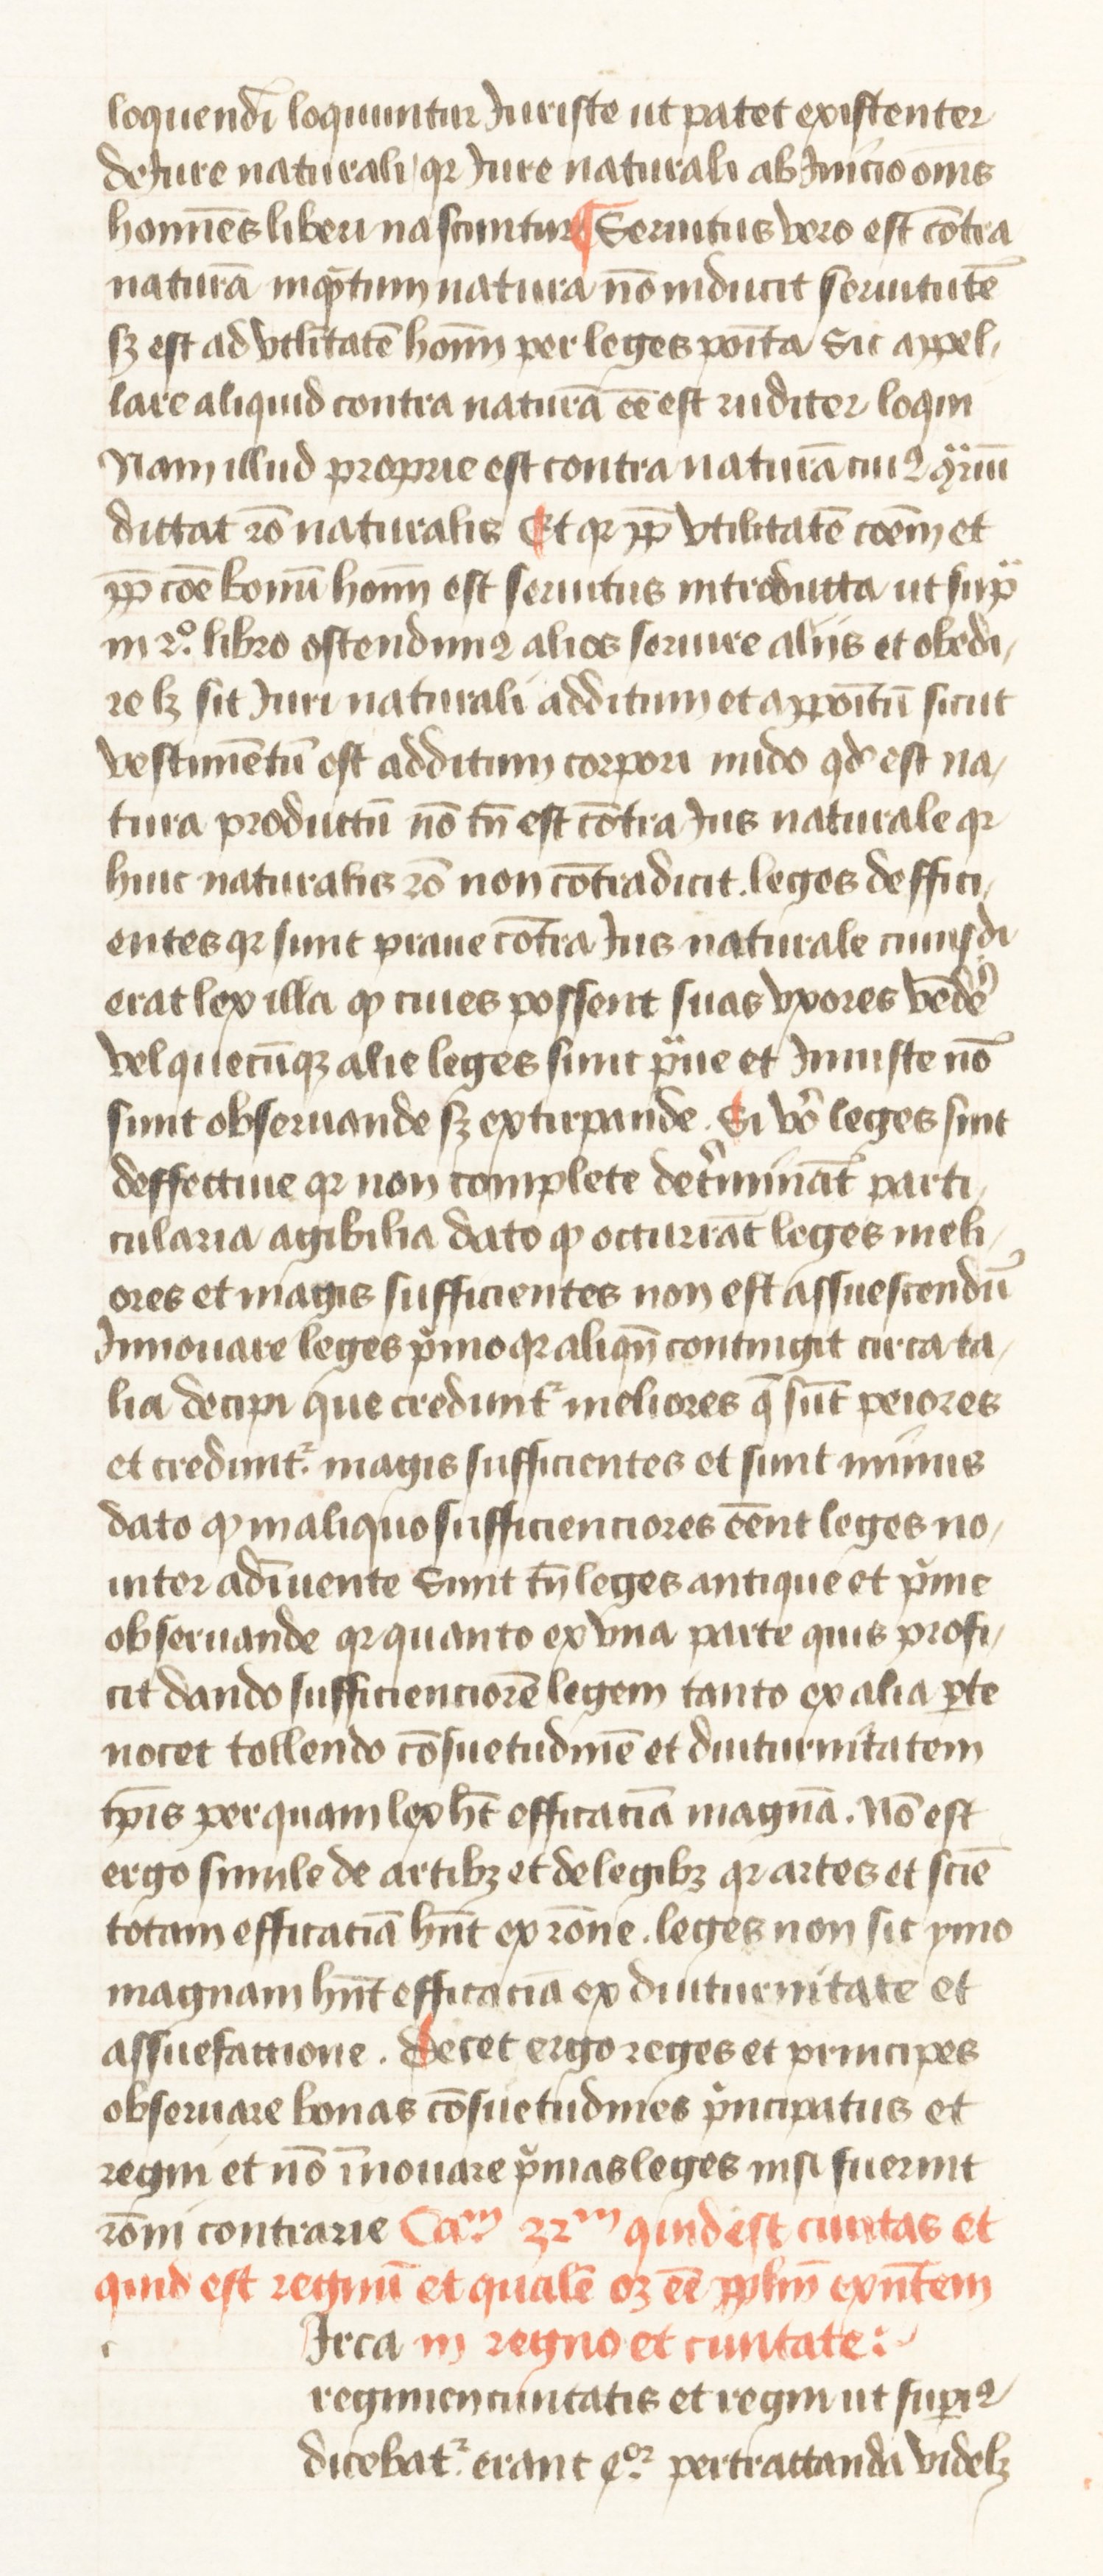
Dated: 1445–1495